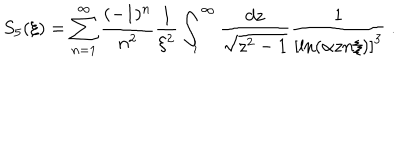
S _ { 5 } ( \xi ) = \sum _ { n = 1 } ^ { \infty } \frac { ( - 1 ) ^ { n } } { n ^ { 2 } } \frac 1 { \xi ^ { 2 } } \int _ { 1 } ^ { \infty } \frac { d z } { \sqrt { z ^ { 2 } - 1 } } \frac 1 { \left[ \ln \left( \alpha z n \xi \right) \right] ^ { 3 } } \ .